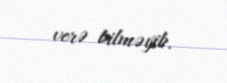
verə bilməyib.